Annual returns of the Patna Lunatic Asylum at Bankipore in Bihar and Orissa - 1912-1924
Year: 1912
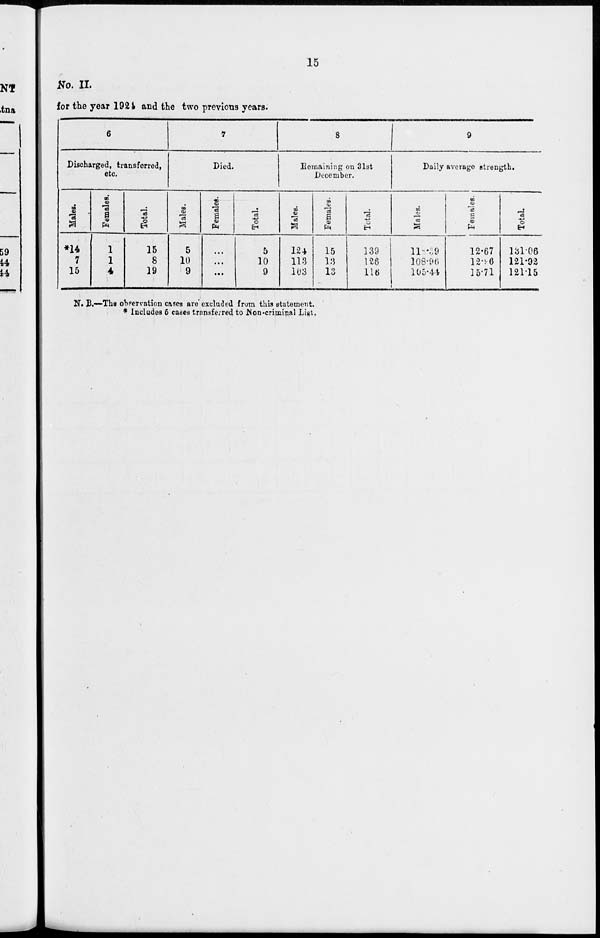
15
No. II.
for the year 1924 and the two previous years.
6
Discharged, transferred,
etc.
Males.
*14
7
15
Females.
1
1
4
Total.
15
8
19
7
Died.
Males.
5
10
9
Females.
...
...
...
Total.
5
10
9
8
Remaining on 31st
December.
Males.
124
113
103
Females.
15
13
13
Total.
139
126
116
9
Daily average strength.
Males.
11.39
108.96
105.44
Females.
12.67
12.96
15.71
Total.
131.06
121.92
121.15
N. B.—The observation cases are excluded from this statement.
* Includes 5 cases transferred to Non-criminal List.